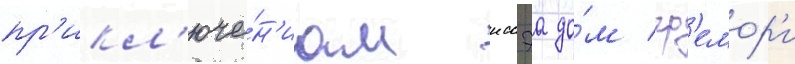
пр'икл'юче́н'иам иссэа до́м гр'емор'и